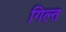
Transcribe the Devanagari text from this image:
गिल्त